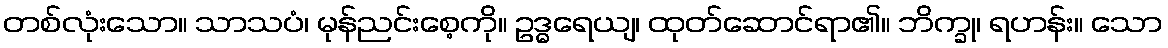
တစ်လုံးသော။ သာသပံ၊ မုန်ညင်းစေ့ကို။ ဥဒ္ဓရေယျ၊ ထုတ်ဆောင်ရာ၏။ ဘိက္ခု၊ ရဟန်း။ သော